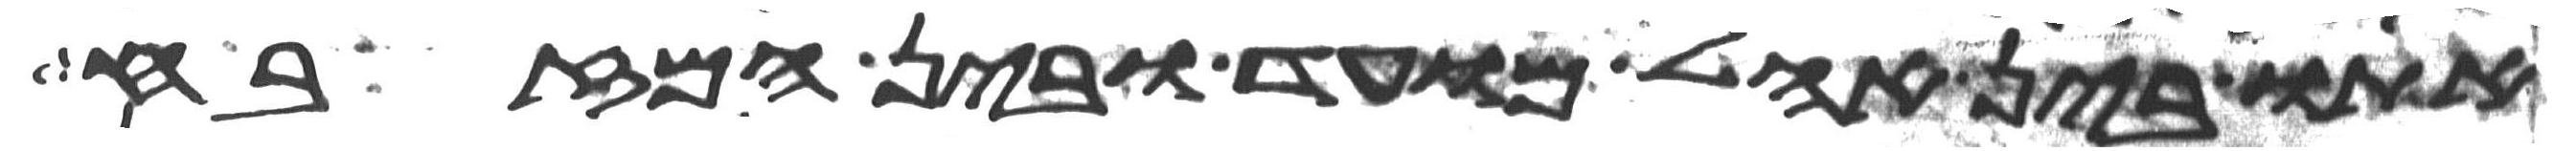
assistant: אתו בין אהל מועד ובין המזבח